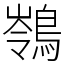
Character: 䳥